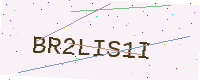
Text: BR2LIS1I